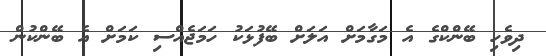
ދިވެހި ބޭންކްގެ އެ މަގާމަށް އަލަށް ބޭފުޅަކު ހަމަޖެއްސި ކަމަށް އެ ބޭންކުން